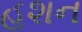
હશન